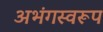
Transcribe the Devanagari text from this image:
अभंगस्वरूप